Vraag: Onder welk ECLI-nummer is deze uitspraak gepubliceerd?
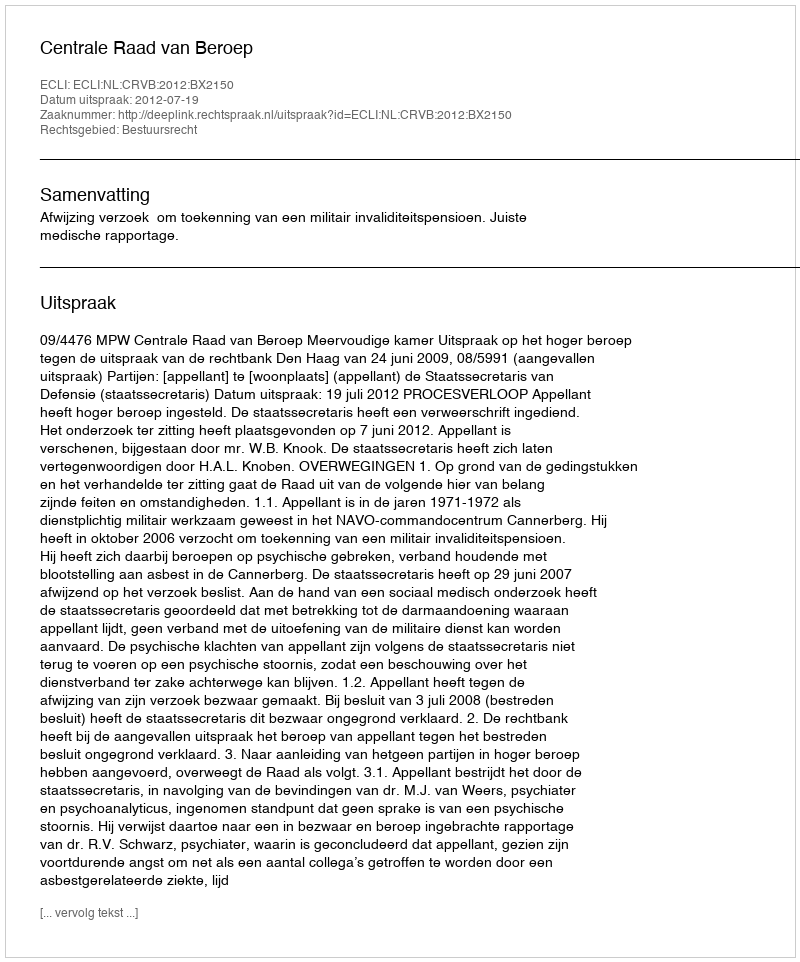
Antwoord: ECLI:NL:CRVB:2012:BX2150